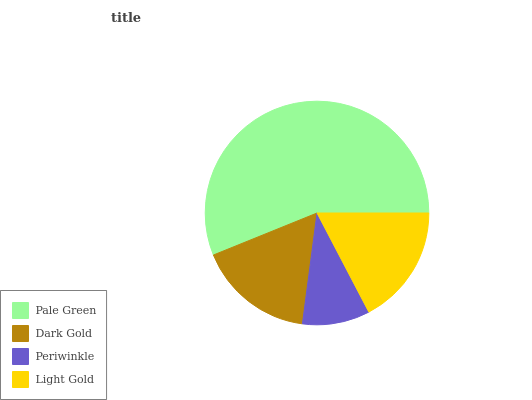
| Pale Green | Dark Gold | Periwinkle | Light Gold |
 | --- | --- | --- | --- |
 | 56.1% | 16.8% | 9.74% | 17.3% |